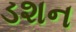
ડશન